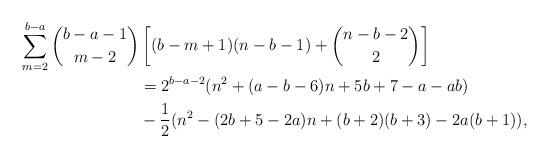
LaTeX: \begin{align*}\sum_{m=2}^{b-a}\binom{b-a-1}{m-2}&\left[(b-m+1)(n-b-1)+\binom{n-b-2}{2}\right]\\&=2^{b-a-2}(n^2+(a-b-6)n+5b+7-a-ab)\\&-\frac{1}{2}(n^2-(2b+5-2a)n+(b+2)(b+3)-2a(b+1)),\end{align*}